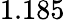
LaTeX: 1.185